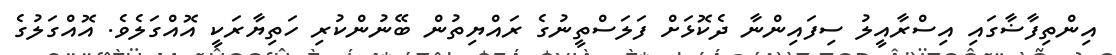
އިންތިފާޟާގައި އިސްރާއީލު ސިފައިންނާ ދެކޮޅަށް ފަލަސްތީނުގެ ރައްޔިތުން ބޭނުންކުރި ހަތިޔާރަކީ އޮއްގަލެވެ. އޮއްގަލުގެ